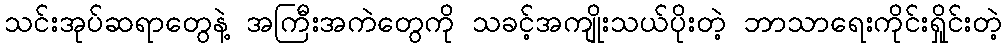
သင်းအုပ်ဆရာတွေနဲ့ အကြီးအကဲတွေကို သခင့်အကျိုးသယ်ပိုးတဲ့ ဘာသာရေးကိုင်းရှိုင်းတဲ့